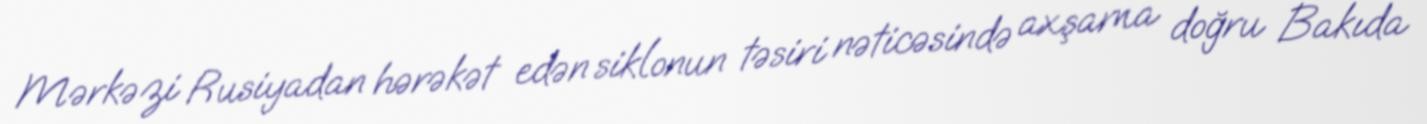
Mərkəzi Rusiyadan hərəkət edən siklonun təsiri nəticəsində axşama doğru Bakıda